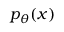
p _ { \theta } ( x )